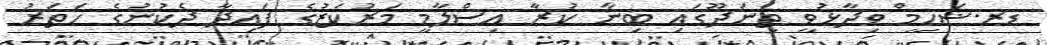
ޑރ.ޝަހީމް ވިދާޅުވީ ތިނަދޫގައި ބިނާ ކުރާ އިސްލާމީ މަރުކަޒުގެ ފައިދާ ދެކުނުގެ ހަތަރު